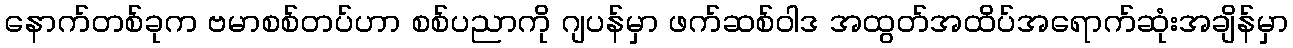
နောက်တစ်ခုက ဗမာစစ်တပ်ဟာ စစ်ပညာကို ဂျပန်မှာ ဖက်ဆစ်ဝါဒ အထွတ်အထိပ်အရောက်ဆုံးအချိန်မှာ